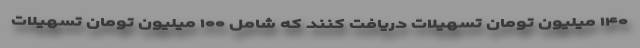
۱۴۰ میلیون تومان تسهیلات دریافت کنند که شامل ۱۰۰ میلیون تومان تسهیلات